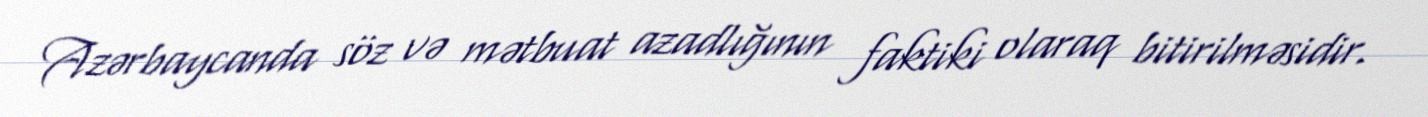
Azərbaycanda söz və mətbuat azadlığının faktiki olaraq bitirilməsidir.